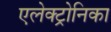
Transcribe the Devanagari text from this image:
एलेक्ट्रोनिका